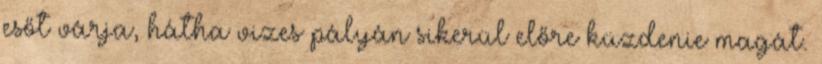
esőt várja, hátha vizes pályán sikerül előre küzdenie magát.